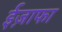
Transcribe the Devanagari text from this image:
ईज़ाफा